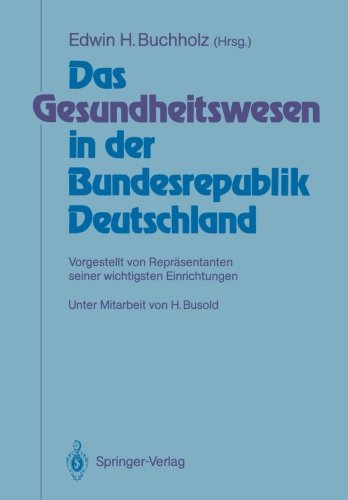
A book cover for Das Gesundheitswesen in der Bundesrepublik Deutschland: Vorgestellt von ReprÃ¤sentanten seiner wichtigsten Einrichtungen (German Edition); Medical Books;